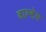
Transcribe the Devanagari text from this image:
वाल्डेस